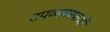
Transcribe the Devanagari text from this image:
उपव्यवस्थाओं